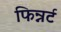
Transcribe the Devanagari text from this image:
फिन्नर्ट